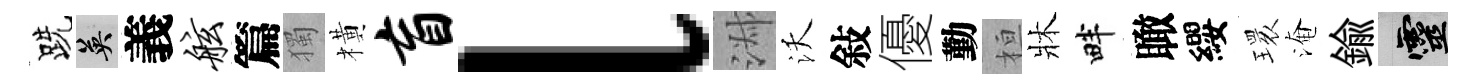
跣英義舷篇獨橫盲l淑沃敍優勤桓牀畔瞰纓𤨔淹鍮靈